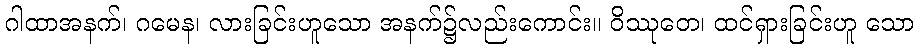
ဂါထာအနက်၊ ဂမေန၊ လားခြင်းဟူသော အနက်၌လည်းကောင်း။ ဝိဿုတေ၊ ထင်ရှားခြင်းဟူ သော